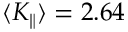
\langle K _ { \parallel } \rangle = 2 . 6 4